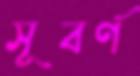
সূবর্ণ